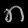
Digit: ၈